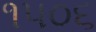
૧૫૦૬